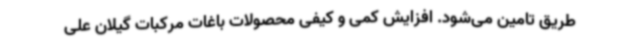
طریق تامین می‌شود. افزایش کمی و کیفی محصولات باغات مرکبات گیلان علی